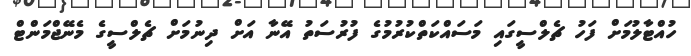
ހުއްޓާލުމަށް ފަހު ޗެލްސީގައި މަސައްކަތްކުރުމުގެ ފުރުސަތު އޭނާ އަށް ދިނުމަށް ޗެލްސީގެ މެނޭޖްމަންޓް